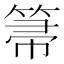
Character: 箒